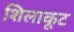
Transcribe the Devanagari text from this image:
शिलाकूट